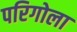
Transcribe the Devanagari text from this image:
परिगोला